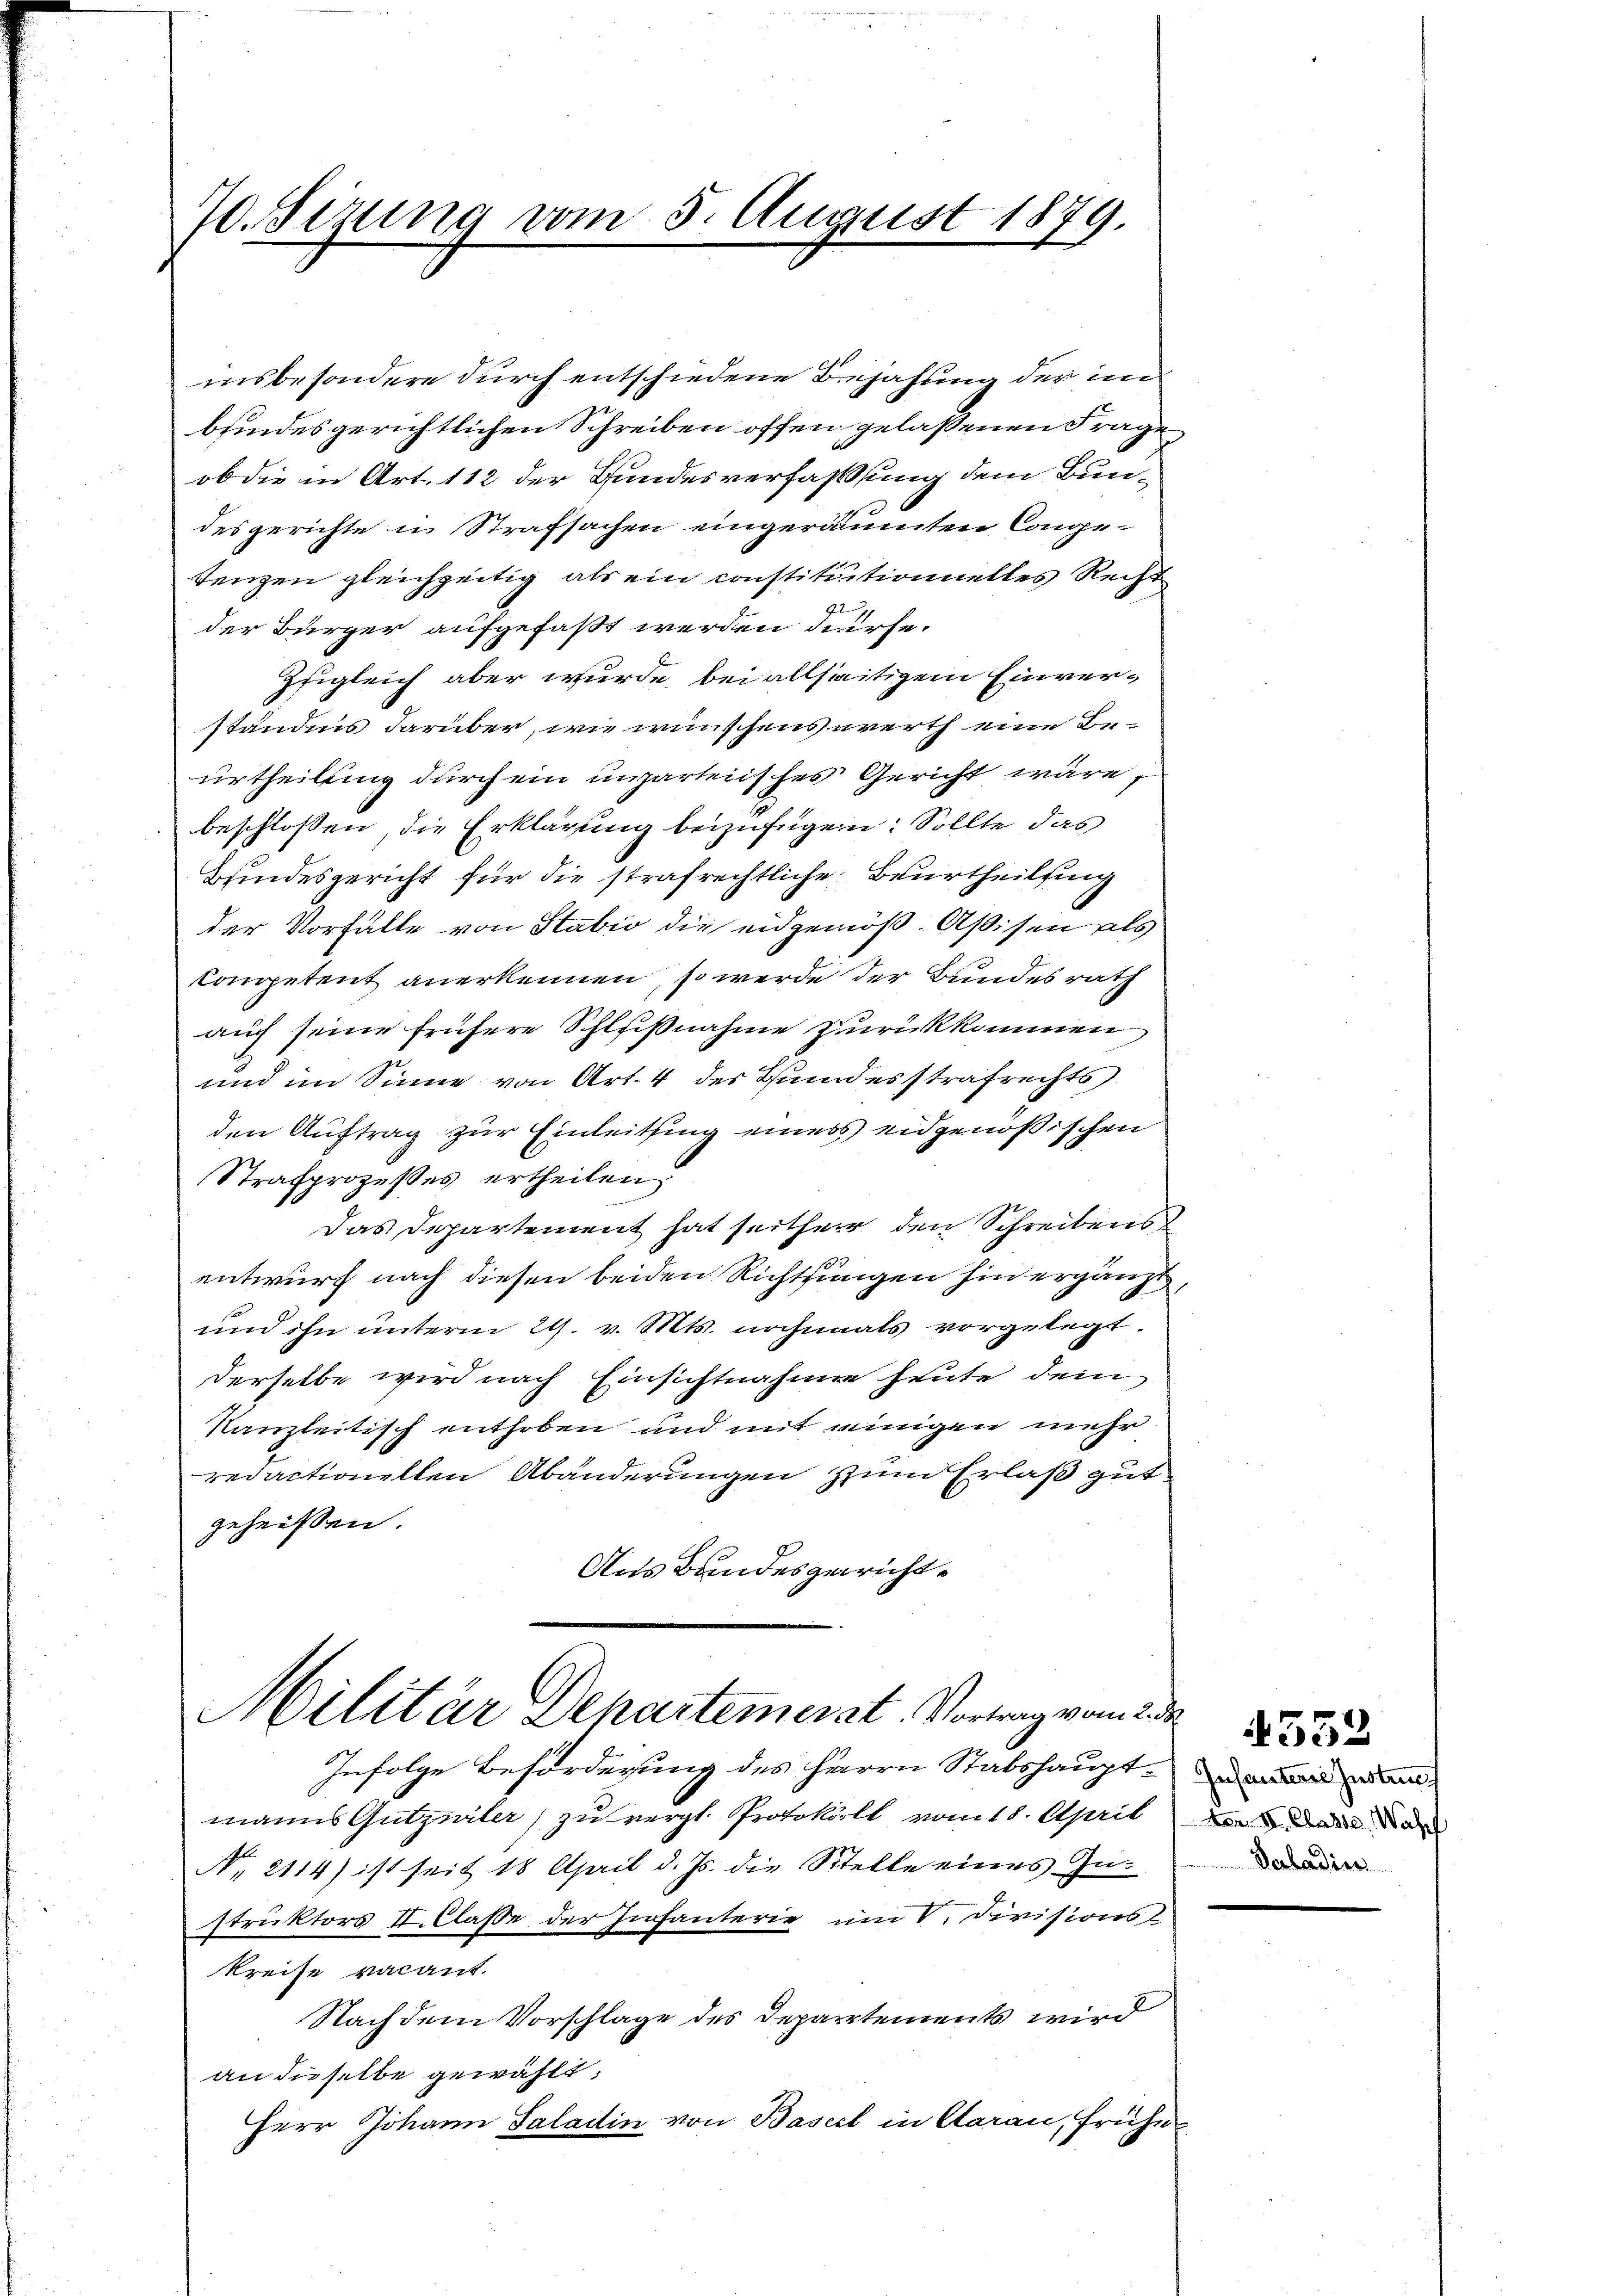
70. Sizung vom 5. August 1879

insbesondere durch entschiedene Bejahung der im
bundesgerichtlichen Schreiben offen gelassenen Frage
ob die in Art. 112 der Bundesverfassung dem Bundesgerichte in Strafsachen eingeräumten Conge-
tenzen gleichzeitig als ein constituitionnelles Recht
72
der Bürger aufgefaßt werden dürfe.
Zfigleich aber wurde, bei allseitigem Einverständnis darüber, wie wünschenswerth eine Beurtheilung durch ein unparteiisches Gericht wäre,
beschlossen die Erklärung beizufügen: Sollte das
Bindesgericht für die strafrechtliche Beurtheilung
der Vorfälle von Stabio die eidgenöß. Aßisen als
Competent anerkennen, so werde der Bundesrath
auch seine frühere Schlußnahme zurückkommen
und im Sinne von Art. 4 des Hundesstrafrechts
den Auftrag zur Einleitung eines eidgenößischen
Strafprozesses ertheilen
Das Departement hat seitherr den Schreibens
entwurf nach diesen beiden Richtungen hin ergänzt,
und ihn unterm 21. v. Mts. nochmals vorgelegt.
derselbe wird nach Einsichtnahme heute dem
Kanzleitisch enthoben und mit einigen mehr
redactionellen Abänderungen zum Erlaß gut
geheissen.
Aus Bundesgericht

Militär Departemerat. Vortrag vom 2. de

Infolge Beförderung des Herrn Stabshaupt- un
manns Gutzwiler) zu vergl. Protokoll vom 18. April
No. 2114) ist seit 18 April d. Js. die Stelle eines Instruktors II. Claße der Infanterie um V. Divisionsl
kreise vacant.
Nach dem Vorschlage des Departements wird
an dieselbe gewählt:
Herr Johann Saladin von Basel in Aarau, frühe

ter. II. Classe, Wasch
Verladier

4552